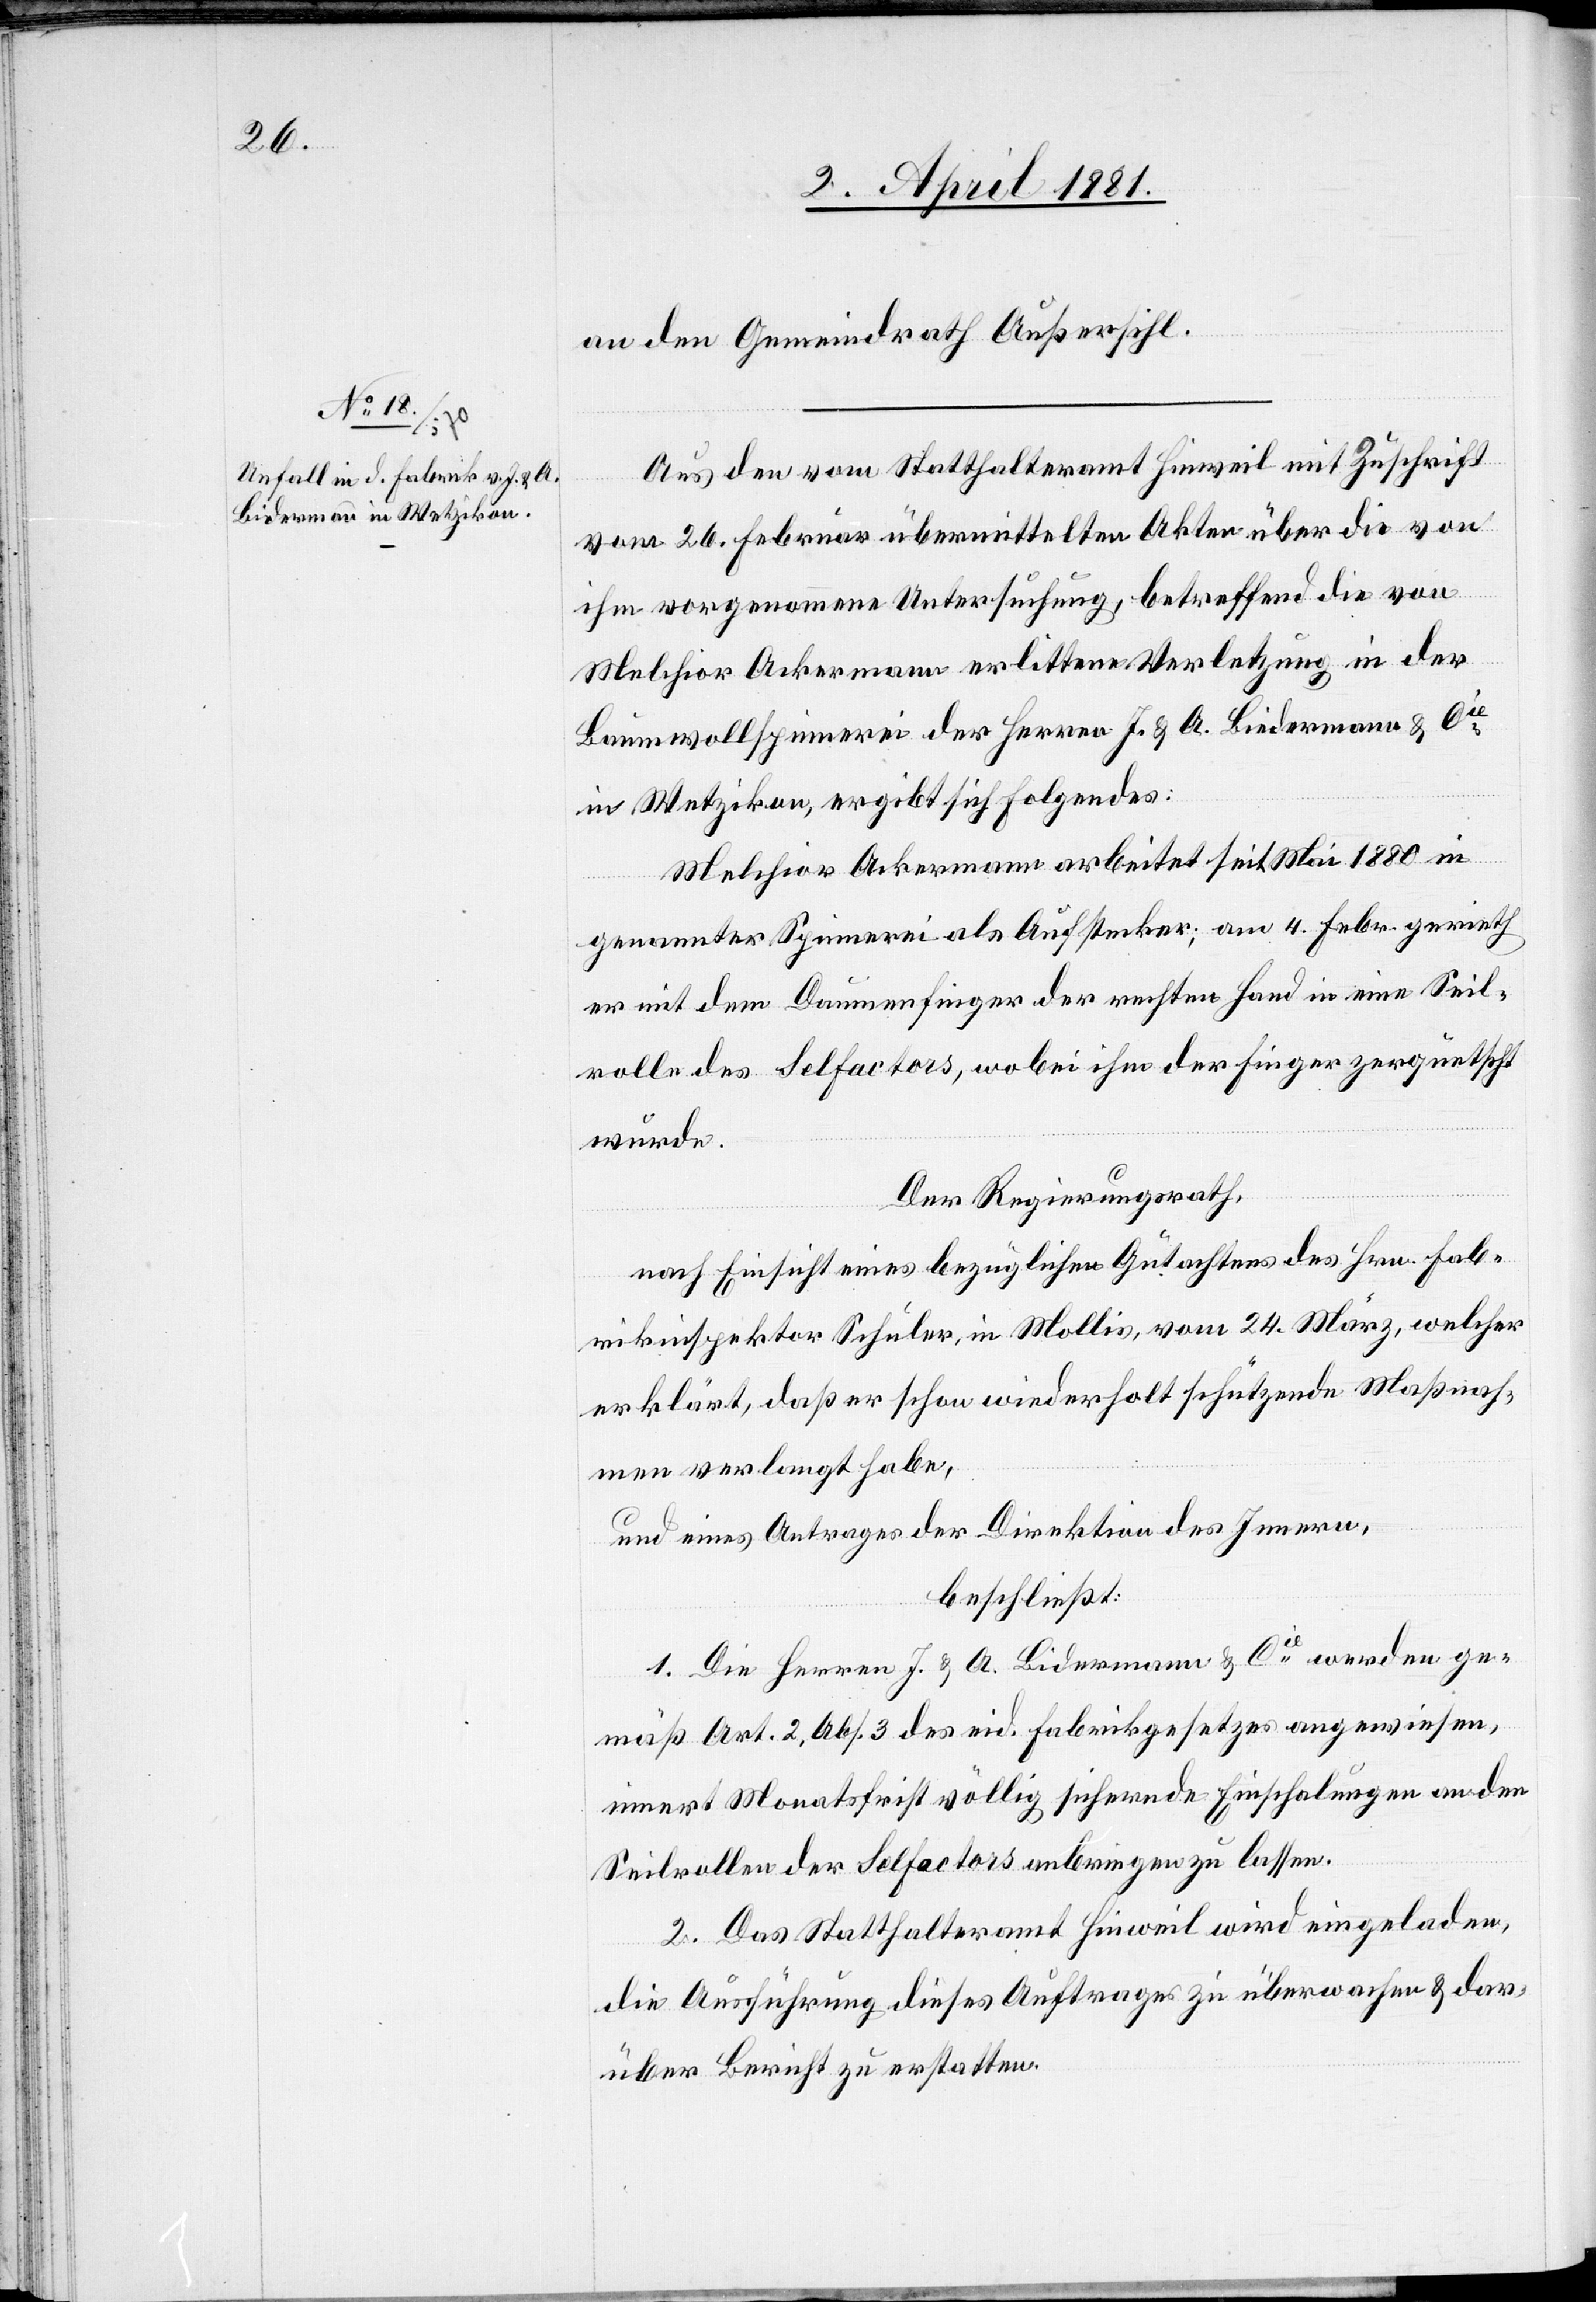
an den Gemeindrath Außersihl.
Aus den vom Statthalteramt Hinweil mit Zuschrift
vom 26. Februar übermittelten Akten über die von
ihm vorgenommene Untersuchung, betreffend die von
Melchior Ackermann erlittene Verletzung in der
Baumwollspinnerei der Herren J. & A. Biedermann [sic!]
in Wetzikon, ergibt sich folgendes:
Melchior Ackermann arbeitet seit Mai 1880 in
genannter Spinnerei als Aufstecker; am 5. Febr. gerieth
er mit dem Daumenfinger der rechten Hand in eine Seil¬
rolle des Selfactors, wobei ihm der Finger zerquetscht
wurde.
Der Regierungsrath,
nach Einsicht eines bezüglichen Gutachtens des Hrn. Fab¬
rikinspektor Schuler, in Mollis, vom 24. März, welcher
erklärt, daß er schon wiederholt schützende Maßnah¬
men verlangt habe,
und eines Antrages der Direktion des Innern,
beschließt:
1. Die Herren J. & A. Bidermann & Cie werden ge¬
mäß Art. 2, Abs. 3 des eid. Fabrikgesetzes angewiesen,
innert Monatsfrist völlig sichernde Einschalungen an den
Seilrollen der Selfacors anbringen zu lassen.
2. Das Statthalteramt Hinweil wird eingeladen,
die Ausführung dieses Auftrages zu überwachen & dar¬
über Bericht zu erstatten.